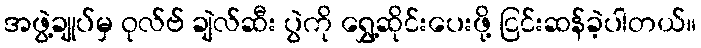
အဖွဲ့ချုပ်မှ ဝုလ်ဗ် ချဲလ်ဆီး ပွဲကို ရွှေ့ဆိုင်းပေးဖို့ ငြင်းဆန်ခဲ့ပါတယ်။